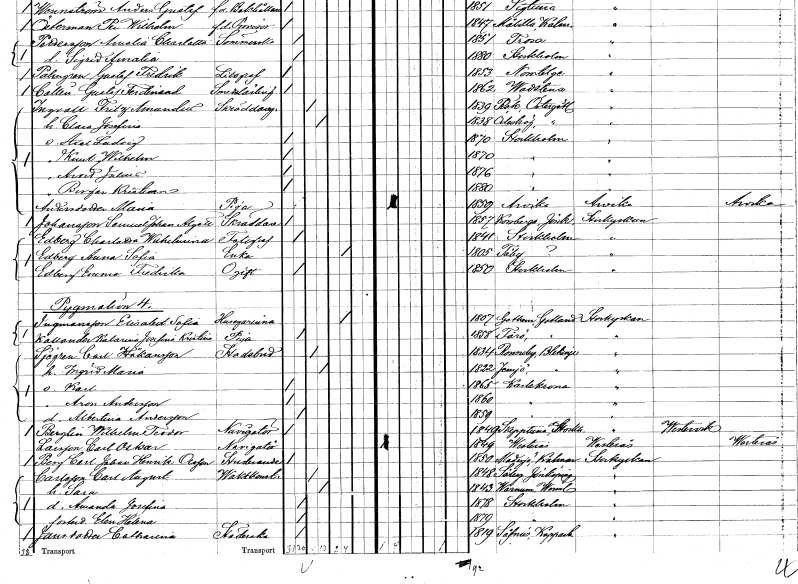
gt_parse: households: individuals: FN: Axel Ludvig
KON: M
CIV: O
FODAR: 1870
FODFORS: Stockholm
FN: Knut Wilhelm
KON: M
CIV: O
FODAR: 1870
FODFORS: Stockholm
FN: Arvid Julius
KON: M
CIV: O
FODAR: 1876
FODFORS: Stockholm
FN: Birger Kristian
KON: M
CIV: O
FODAR: 1880
FODFORS: Stockholm
FN: Maria
EN: Andersdotter
YRKE: Piga
KON: K
CIV: O
FODAR: 1859
FODFORS: Arvika Värmlands län
FN: Samuel Johan Algott
EN: Johansson
YRKE: Skräddare
KON: M
CIV: O
FODAR: 1857
FODFORS: Korsberga Jönköpings län
FN: Charlotta Wilhelmina
EN: Edberg
YRKE: Fotograf
KON: K
CIV: O
FODAR: 1841
FODFORS: Stockholm
FN: Anna Sofia
EN: Edberg
YRKE: Änka
KON: K
CIV: E
FODAR: 1805
FODFORS: Täby Stockholms län
FN: Emma Fredrika
EN: Edberg
KON: K
CIV: O
FODAR: 1850
FODFORS: Stockholm
FN: Elisabet Sofia
EN: Ingmansson
YRKE: Husägarinna
KON: K
CIV: E
FODAR: 1807
FODFORS: Gothem Gotlands län
FN: Katarina Josefina Kristina
EN: Kallander
YRKE: Piga
KON: K
CIV: O
FODAR: 1858
FODFORS: Fårö Gotlands län
FN: Carl
EN: Sjögren Håkansson
YRKE: Stadsbud
KON: M
CIV: G
FODAR: 1834
FODFORS: Ronneby Blekinge län
FN: Ingrid Maria
KON: K
CIV: G
FODAR: 1822
FODFORS: Jämjö Blekinge län
FN: Karl
KON: M
CIV: O
FODAR: 1865
FODFORS: Karlskrona Blekinge län
FN: Aron
EN: Andersson
KON: M
CIV: O
FODAR: 1860
FODFORS: Karlskrona Blekinge län
FN: Albertina
EN: Andersson
KON: K
CIV: O
FODAR: 1859
FODFORS: Karlskrona Blekinge län
FN: Wilhelm Teodor
EN: Berglin
YRKE: Navigatör
KON: M
CIV: O
FODAR: 1849
FODFORS: Skepptuna Stockholms län
FN: Carl Oskar
EN: Larsson
YRKE: Navigatör
KON: M
CIV: O
FODAR: 1849
FODFORS: Västerås Västmanlands län
FN: Carl Johan Henrik
EN: Berg Olsson
YRKE: Studerande
KON: M
CIV: O
FODAR: 1850
FODFORS: Madesjö Kalmar län
FN: Carl August
EN: Carlsson
YRKE: Vaktkonstapel
KON: M
CIV: G
FODAR: 1848
FODFORS: Säby Jönköpings län
FN: Sara
KON: K
CIV: G
FODAR: 1843
FODFORS: Varnum Värmlands län
FN: Amanda Josefina
KON: K
CIV: O
FODAR: 1878
FODFORS: Stockholm
FN: Elin Helena
KON: K
CIV: O
FODAR: 1879
FODFORS: Stockholm
FN: Catharina
EN: Jansdotter
YRKE: Städerska
KON: K
CIV: O
FODAR: 1819
FODFORS: Säfsnäs Kopparbergs län